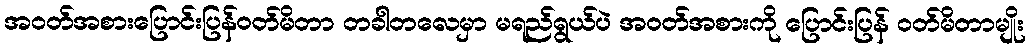
အဝတ်အစားပြောင်းပြန်ဝတ်မိတာ တခါတလေမှာ မရည်ရွယ်ပဲ အဝတ်အစားကို ပြောင်းပြန် ဝတ်မိတာမျိုး